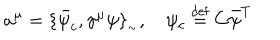
LaTeX: a ^ { \mu } = \{ \bar { \psi } _ { c } , \gamma ^ { \mu } \psi \} _ { _ { \sim } } , \psi _ { c } \stackrel { \mathrm { d e f } } { = } C \bar { \psi } ^ { T }